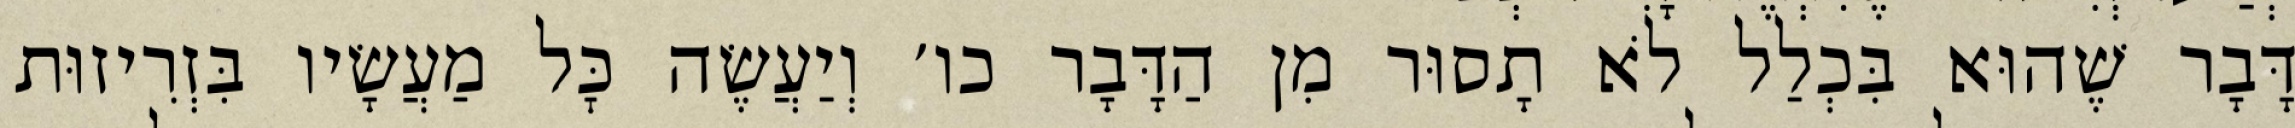
דָּבָר שֶׁהוּא בִּכְלַל לֹא תָסוּר מִן הַדָּבָר כו׳ וְיַעֲשֶׂה כׇּל מַעֲשָׂיו בִּזְרִיזוּת